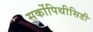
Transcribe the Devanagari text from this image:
सर्कोपिथीसिडी